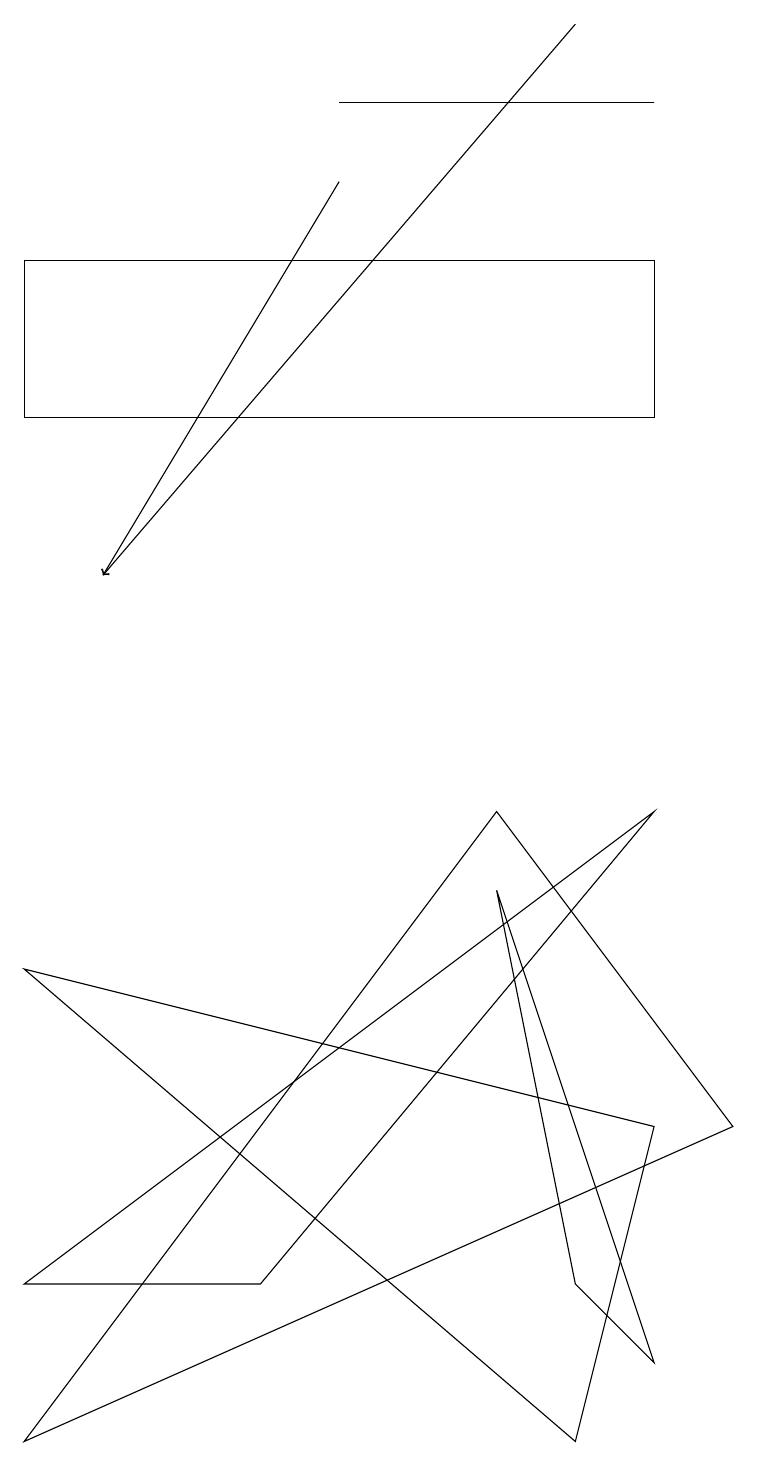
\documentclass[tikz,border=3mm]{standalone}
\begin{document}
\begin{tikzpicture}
\draw (8,5) -- (7,1) -- (0,7) -- cycle;
\draw (7,3) -- (8,2) -- (6,8) -- cycle;
\draw (3,3) -- (0,3) -- (8,9) -- cycle;
\draw (0,1) -- (6,9) -- (9,5) -- cycle;
\draw (0,14) rectangle (8,16);
\draw (8,18) rectangle (4,18);
\draw[->] (4,17) -- (1,12);
\draw[->] (7,19) -- (1,12);
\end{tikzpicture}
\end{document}